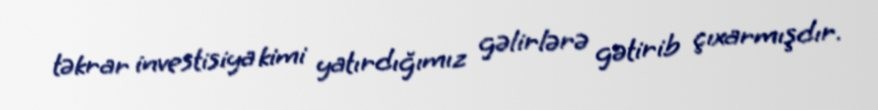
təkrar investisiya kimi yatırdığımız gəlirlərə gətirib çıxarmışdır.